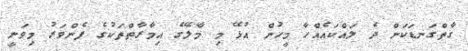
ގާތްގަނޑަކަށް ދެ ލައްކައެއްހާ މީހުން އުޅޭ މި މާލޭގެ އިމާރާތްތަކުގެ ފެންވަރު މިވަނީ